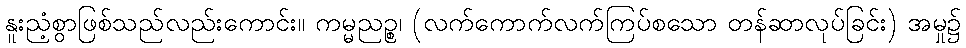
နူးညံ့စွာဖြစ်သည်လည်းကောင်း။ ကမ္မညဉ္စ၊ (လက်ကောက်လက်ကြပ်စသော တန်ဆာလုပ်ခြင်း) အမှု၌